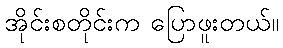
အိုင်းစတိုင်းက ပြောဖူးတယ်။